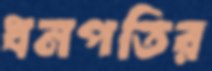
ধনপতির